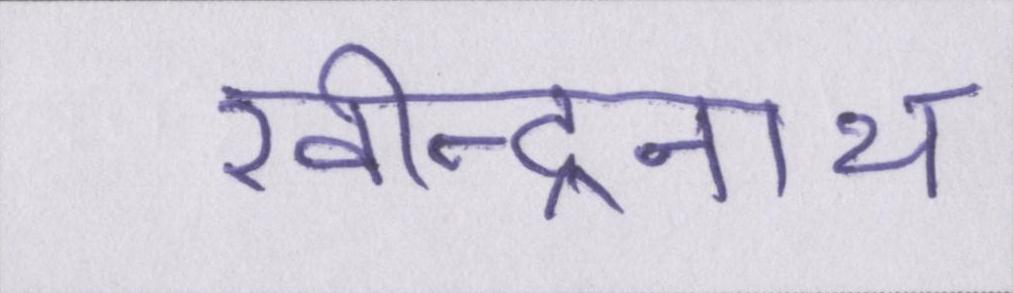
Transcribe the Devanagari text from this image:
रवीन्द्रनाथ